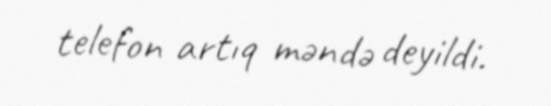
telefon artıq məndə deyildi.